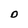
Character: D